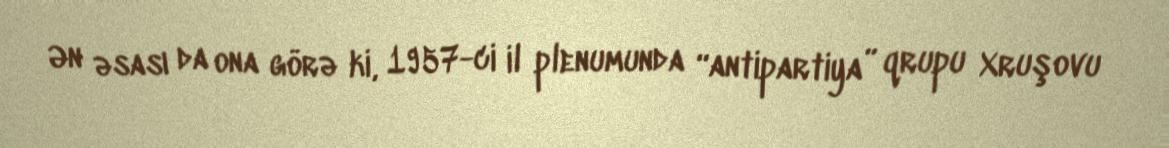
Ən əsası da ona görə ki, 1957-ci il plenumunda “antipartiya” qrupu Xruşovu